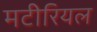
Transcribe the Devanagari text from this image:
मटीरियल